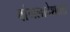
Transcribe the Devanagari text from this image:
बांगलादेशाला